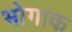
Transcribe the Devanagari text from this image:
भोगांक